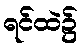
ရင်ထဲ၌